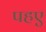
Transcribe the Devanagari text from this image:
पहए